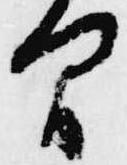
間